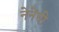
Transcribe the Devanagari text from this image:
नेनेंची